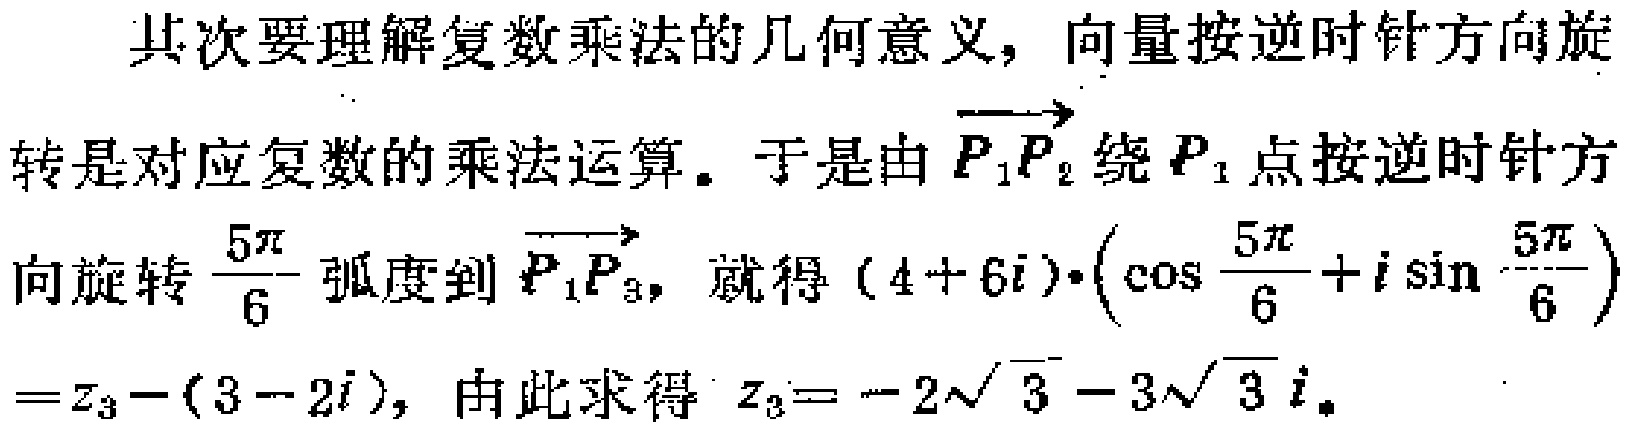
其次要理解复数乘法的几何意义, 向量按逆时针方向旋
转是对应复数的乘法运算。于是由$\overrightarrow{P_{1}P_{2}}$绕$P_{1}$点按逆时针方
向旋转$\frac{5\pi}{6}$弧度到$\overrightarrow{P_{1}P_{3}}$，就得$(4 + 6i)\cdot(\cos\frac{5\pi}{6}+i\sin\frac{5\pi}{6})$
$=z_{3}-(3 - 2i)$，由此求得$z_{3}=-2\sqrt{3}-3\sqrt{3}i$。